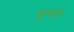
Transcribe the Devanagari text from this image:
नुभाते